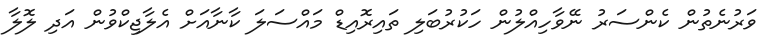
ވަރުނެތުން ކެންސަރު ނޭވާހިއްލުން ހަކުރުބަލި ތައިރޮއިޑް މައްސަލަ ކާނާއަށް އެލާޖިކްވުން އަދި ލޮލާ